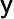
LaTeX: \mathsf{y}